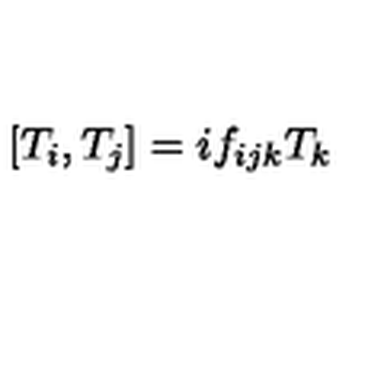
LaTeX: \left[ T _ { i } , T _ { j } \right] = i f _ { i j k } T _ { k }